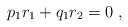
\begin{align*}p_1 r_1 + q_1 r_2 = 0 \;,\end{align*}